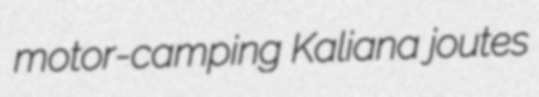
motor-camping Kaliana joutes